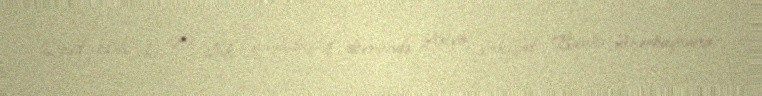
Qeyd edək ki, 20 illik əməkdaşlıq dövründə Asiya İnkişaf Bankı Azərbaycana